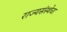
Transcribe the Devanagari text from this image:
राज्यसंस्थेचा